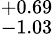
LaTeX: ^{+0.69}_{-1.03}